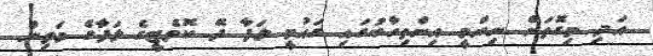
އަދި މިގޮތަށް ނިންމީ އިންތިހާބުގައި ގައުމީ ލަފާ ދޭ ކޮމެޓީގެ ލަފާގެ މަތިން